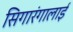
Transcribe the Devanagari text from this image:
सिगारंगालाई